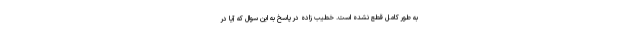
به طور کامل قطع نشده است. خطیب زاده در پاسخ به این سوال که آیا در